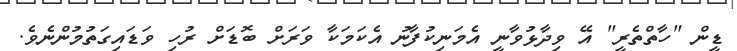
ޑީން "ހާތްތެރީ" އޭ ވިދާޅުވާނީ އެމަނިކުފާނު އެކަމަކާ ވަރަށް ބޮޑަށް ރުހި ވަޑައިގަތުމުންނެވެ.